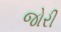
જોરી